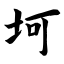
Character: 坷